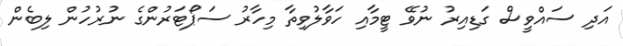
އަދި ސައްވީސް ގަޑިއިރު ނުވޭ ޓީމާއި ހަވާލުވިތާ މިހާރު ސަޕޯޓަރުންގެ ނުރުހުން ލިބެން